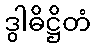
ဒွါဓိဋ္ဌိတံ